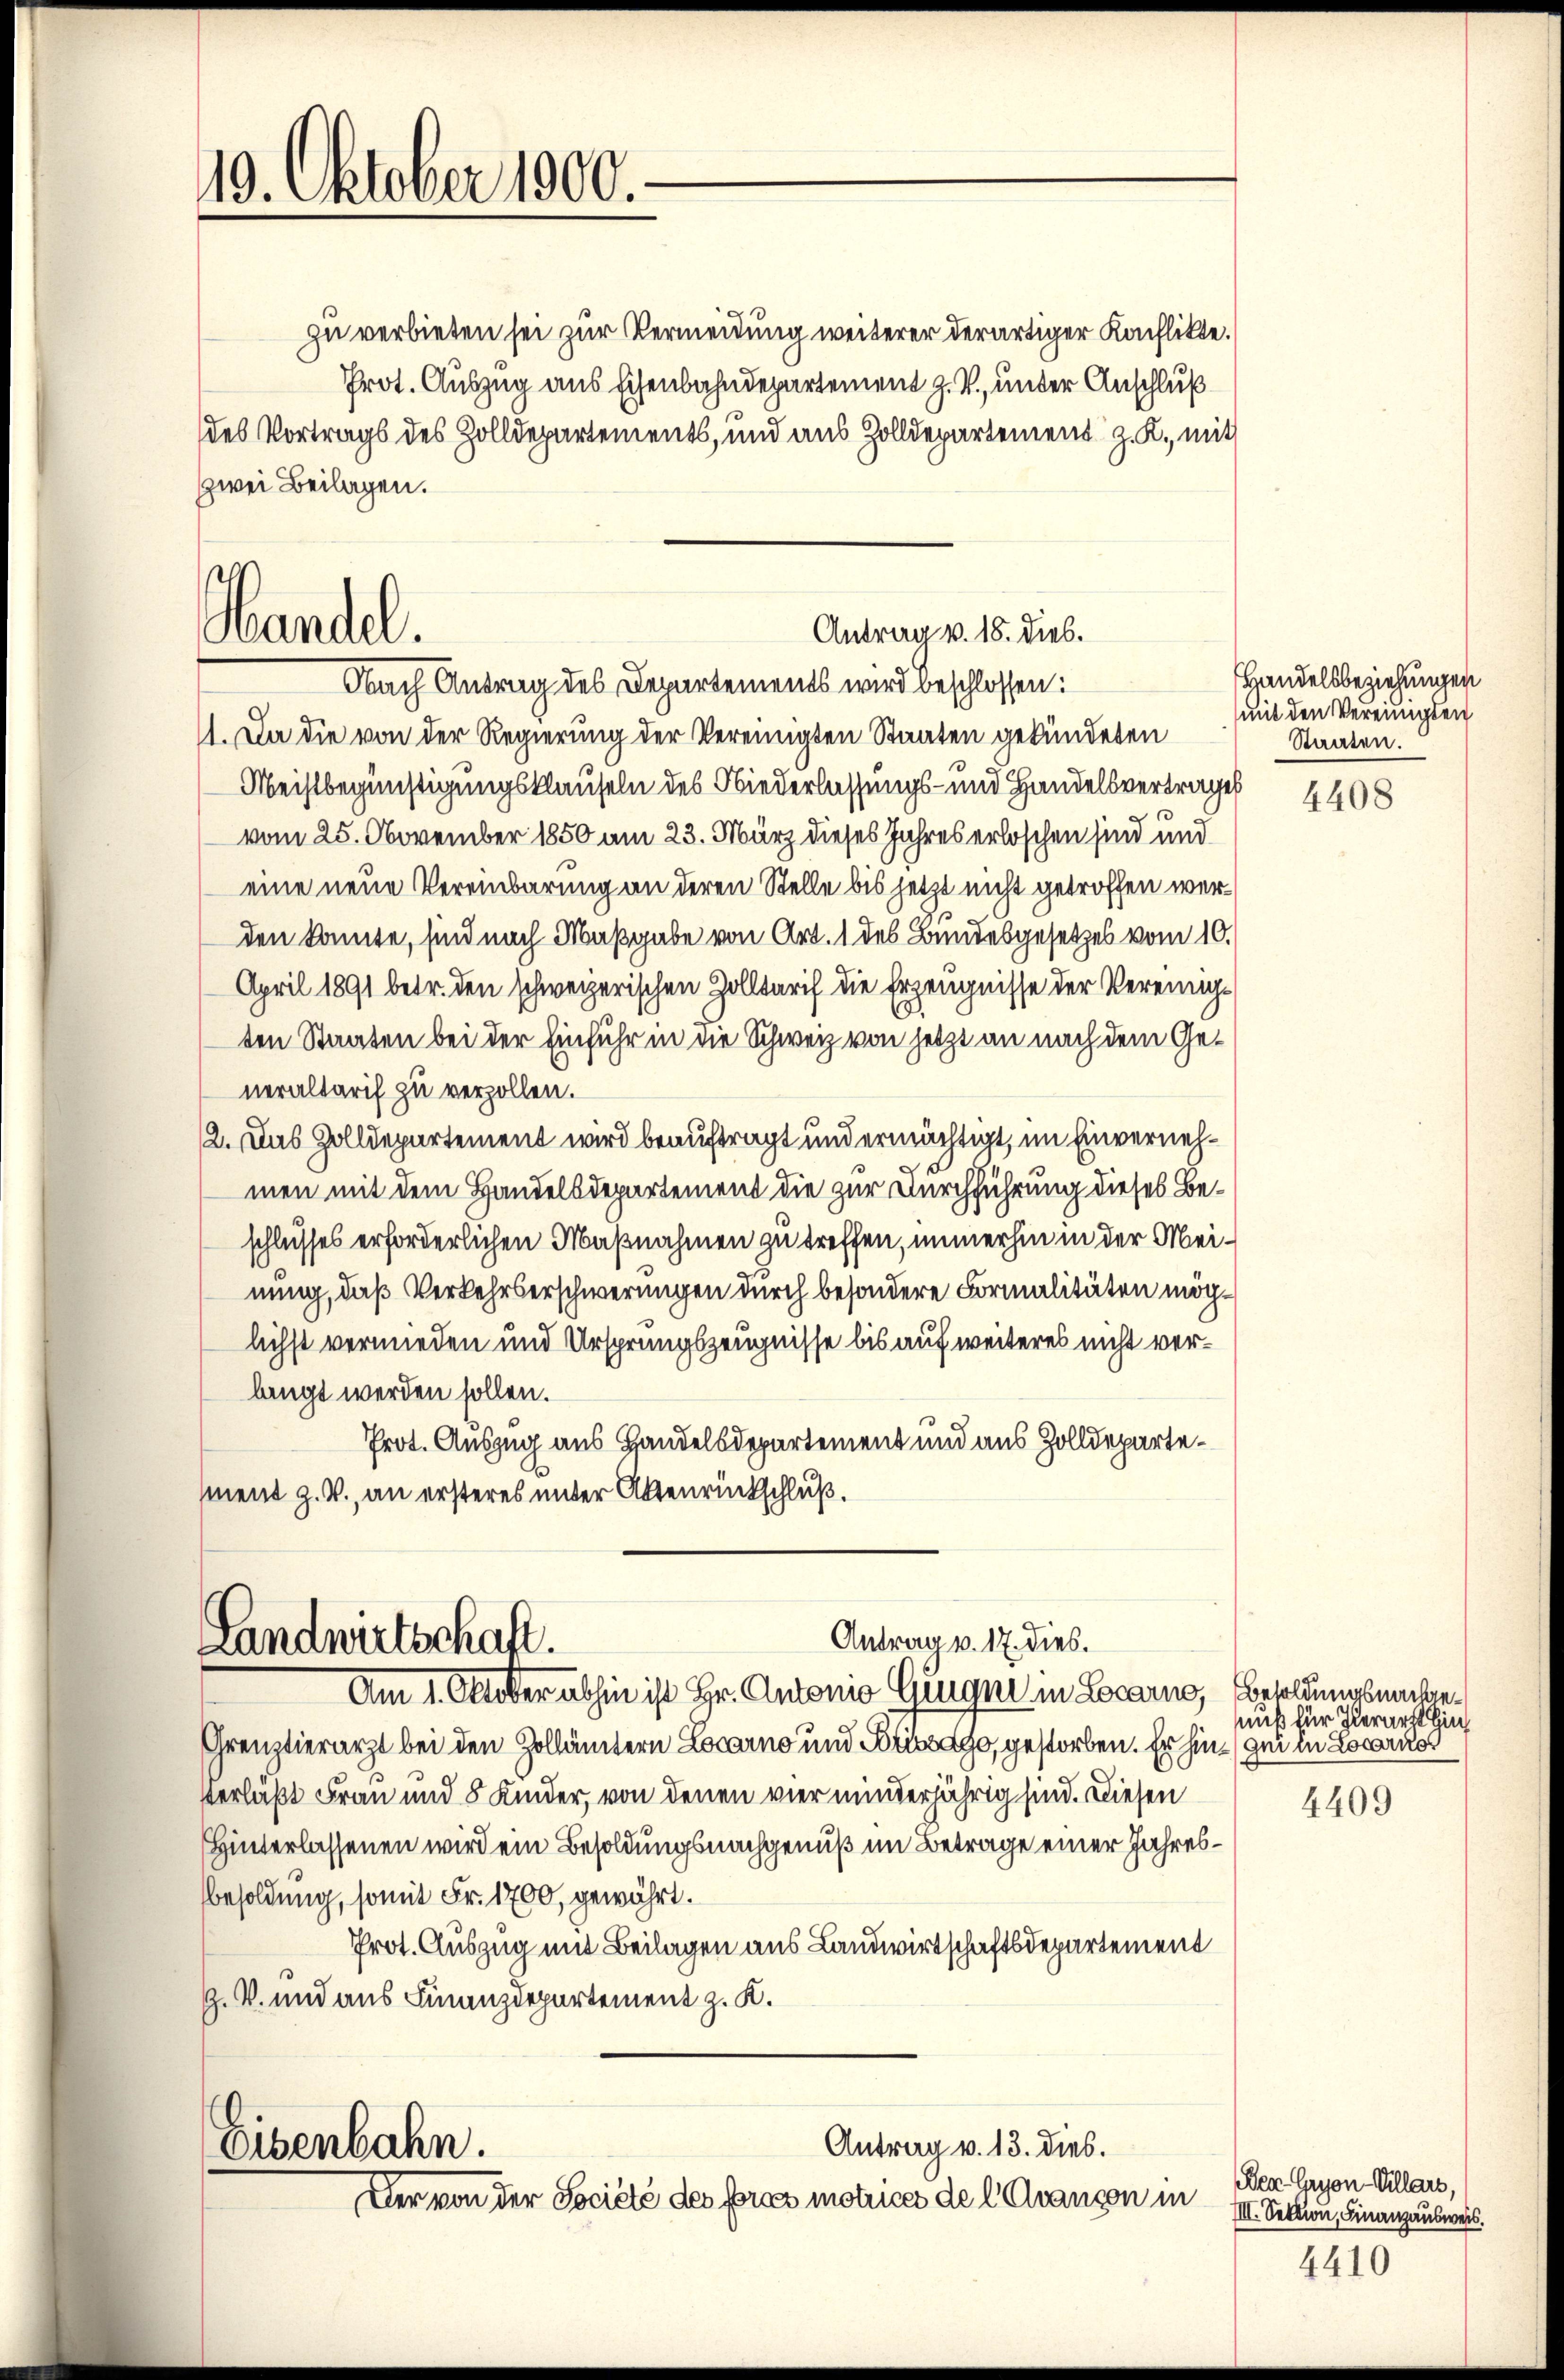
19. Oktober 1900.

zu verbieten sei zur Vermeidung weiterer derartiger Konflikte.
Prot. Auszug aus Eisenbahndepartement z. V., unter Anschluß
des Vortrags des Zolldepartements, und aus Zolldepartement z. K., mit
zwei Beilagen.
Nach Antrag des Departements wird beschlossen:
11. Da die von der Regierung der Vereinigten Staaten gekündeten
Meistbegünstigungsklauseln des Niederlassungs- und Handelsvertrages
vom 25. November 1850 am 23. März dieses Jahres erloschen sind und
eine neue Vereinbarung an deren Stelle bis jetzt nicht getroffen werden konnte, sind nach Maßgabe von Art. 1 des Bundesgesetzes vom 10.
April 1891 betr. den schweizerischen Zolltarif die Erzeugnisse der Vereinigten Staaten bei der Einfuhr in die Schweiz von jetzt an nach dem Generaltarif zu verzollen.
12. Das Zolldepartement wird beauftragt und ermächtigt, im Einvernehmen mit dem Handelsdepartement die zur Durchführung dieses Beschlusses erforderlichen Maßnahmen zu treffen, immerhin in der Meinung, daß Verkehrserschwerungen durch besondere Formalitäten möglichst vermieden und Ursprungszeugnisse bis auf weiteres nicht verlangt werden sollen.
Prot. Auszug aus Handelsdepartement und aus Zolldepartement z. V., an ersteres unter Aktenrückschluß.

Handel.

Antrag v. 18. dies.

Antrag v. 17. dies.
Landwirtschaft.
Am 1. Oktober abhin ist Hr. Antonio Giger in Locarno, Besoldungsnachge¬

Grenztierarzt bei den Zollämtern Locarno und gestorben. Er hin gei in Locarno
verläßt Frau und 8 Kinder, von denen vier minderjährig sind. Diesen
Hinterlassenen wird ein Besoldungsnachgenuß im Betrage einer Jahres¬
Besoldung, somit Fr. 1700, gewährt.
Prot. Auszug mit Beilagen aus Landwirtschaftsdepartement
Z. V. und aus Finanzdepartement z. K.
Antrag v. 13. dies.
Eisenbahn.
Der von der Société des Fras motrices de l. Avangen in

Handelsbeziehungen
mit den Vereinigten
Staaten.

4408

nuß für Iderarzt Hins

4409

Den Gryon-Villars,
III. Sektion, Finanzausweis.
4410